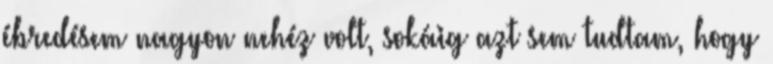
ébredésem nagyon nehéz volt, sokáig azt sem tudtam, hogy